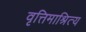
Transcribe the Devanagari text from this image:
वृत्तिमाश्रित्य